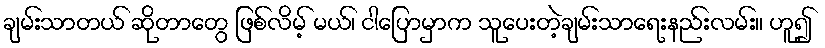
ချမ်းသာတယ် ဆိုတာတွေ ဖြစ်လိမ့် မယ်၊ ငါပြောမှာက သူပေးတဲ့ချမ်းသာရေးနည်းလမ်း။ ဟူ၍